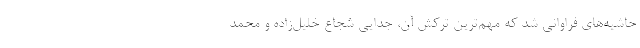
حاشیه‌های فراوانی شد که مهم‌ترین ترکش آن، جدایی شجاع خلیل‌زاده و محمد